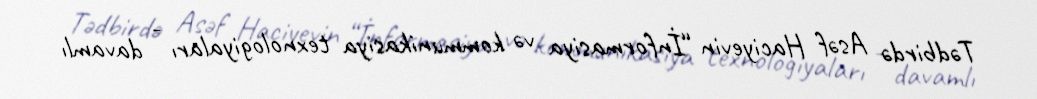
Tədbirdə Asəf Haciyevin “İnformasiya və kommunikasiya texnologiyaları - davamlı